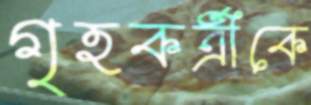
গৃহকর্ত্রীকে